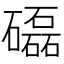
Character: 𥗐